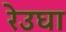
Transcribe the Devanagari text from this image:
रेउघा